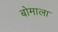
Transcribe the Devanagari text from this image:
बोमाला